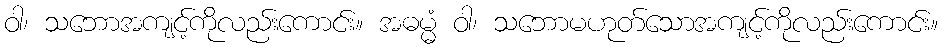
ဝါ၊ သဘောအကျင့်ကိုလည်းကောင်း။ အဓမ္မံ ဝါ၊ သဘောမဟုတ်သောအကျင့်ကိုလည်းကောင်း။